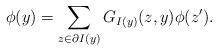
LaTeX: \begin{align*}\phi(y)=\sum_{z\in \partial I(y)}G_{I(y)}(z,y) \phi(z').\end{align*}